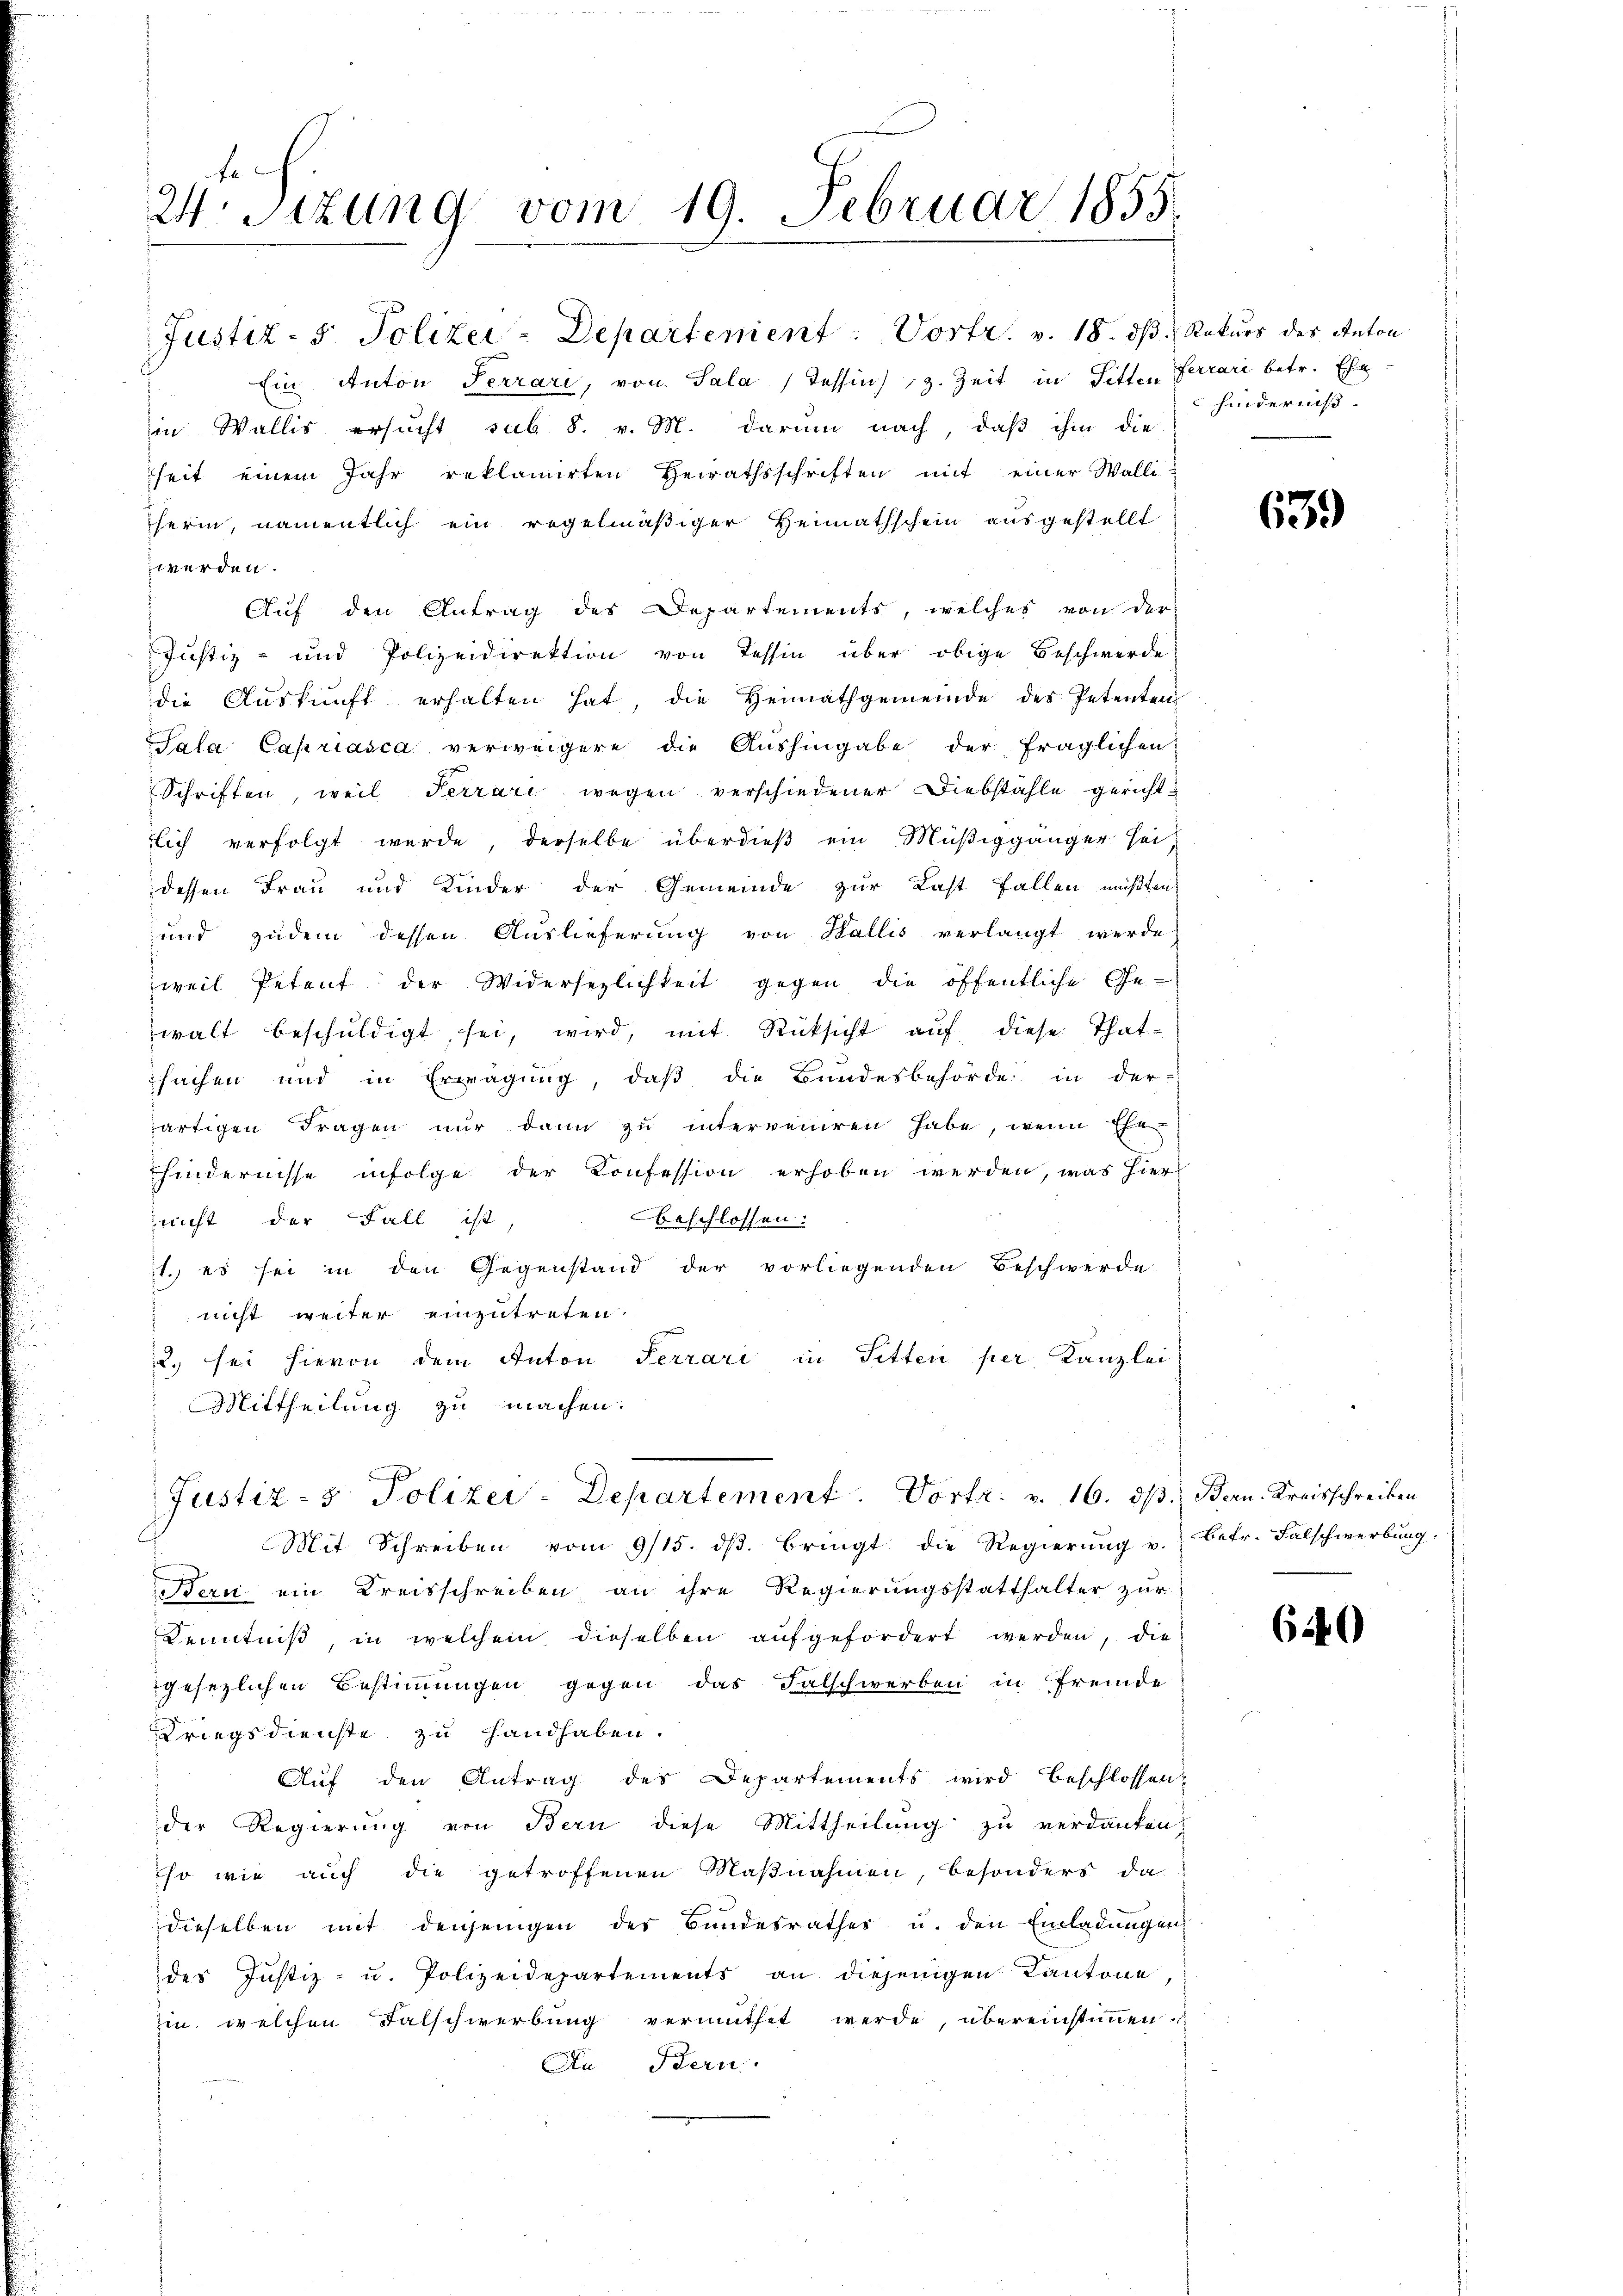
f
24 Sizung vom 19. Februar 1855.

Ein Anton Terrari, von Sala (Tessin z. Zeit in Sitten Ferrari betr. Ehe-
in Wallis ersucht sub 8. v. M. darum nach, daß ihm die
sheit einem Jahr reklamirten Heirathsschriften mit einer Walli-
herin, namentlich ein regelmäßiger Heimathschein ausgestellt
werden.
Auf den Antrag des Departements, welches von der
Justiz- und Polizeidirektion von Tessin über obige Beschwerde
die Aŭskŭnft erhalten hat, die Heimathgemeinde des Petenten
Sala Capriasca verweigere die Aushingabe der fraglichen
Schriften, weil Terrari wegen verschiedener Diebstähle gerichtlich verfolgt wurde derselbe überdieß ein Müßiggänger sei,
dessen Frau und Kinder der Gemeinde zur Last fallen müßten,
und zudem dessen Auslieferung von Wallis verlangt werde
weil Petent der Widersezlichkeit gegen die öffentliche Ge-
walt beschŭldigt sei, wird, mit Rücksicht auf diese Thatsachen und in Erwägung, daß die Bundesbehörde in der
artigen Fragen nur dann zu interveniren habe, wenn Ehe
hindernisse infolge der Konfession erhoben werden, was hier
nicht der Fall ist,
beschlossen:
1., es sei in den Gegenstand der vorliegenden Beschwerde.
 nicht weiter einzutreten.
2. sei hievon dem Anton Terrari in Sitten per Kanzlei
Mittheilung zu machen.
p
Justiz- & Polizei-Departement. Vortr. v. 16. dß. Bern. Kreisschreiben
Mit Schreiben vom 9/15. ds. bringt die Regierung u. betr. Falschwerbung.
Bern ein Kreisschreiben, an ihre Regierungsstatthalter zur
Kenntniß, in welchem dieselben aufgefordert werden, die
gesezlichen Bestimmungen gegen das Falschwerben in fremde
Kriegsdienste zu Handhaben.
Aŭf den Antrag der Departements wird beschlossen:
der Regierung von Bern diese Mittheilung zu verdanken,
Eso wie auch die getroffenen Maßnahmen, besonders da
dieselben mit denjenigen der Bundesrathes u. den Einladungen
des Justiz- u. Polizeidepartements an diejenigen Kantone,
in welchen Falschwerbŭng vermuthet werde, übereinstiṁen.
An Fern

Justiz- & Polizei-Departement: Vortr. v. 18. ds Rekurs des Anton

hindernis

639

640